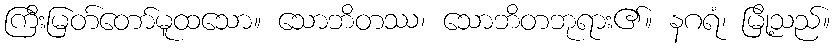
ကြီးမြတ်တော်မူထသော။ သောဘိတဿ၊ သောဘိတဘုရား၏။ နဂရံ၊ မြို့သည်။